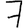
Digit: 7